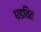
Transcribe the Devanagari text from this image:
घडवित